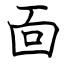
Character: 靣